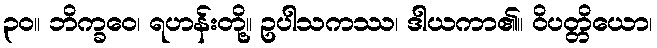
၃၀။ ဘိက္ခဝေ၊ ရဟန်းတို့။ ဥပါသကဿ၊ ဒါယကာ၏။ ဝိပတ္တိယော၊